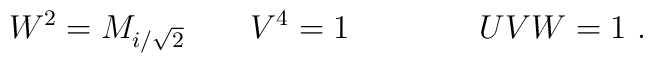
W^2=M_{i/\sqrt 2}\qquad V^4=1 \qquad\qquad UVW=1 \ .